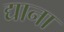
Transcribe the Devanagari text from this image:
द्याना